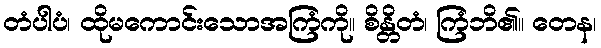
တံပါပံ၊ ထိုမကောင်းသောအကြံကို။ စိန္တိတံ၊ ကြံဘိ၏။ တေန၊